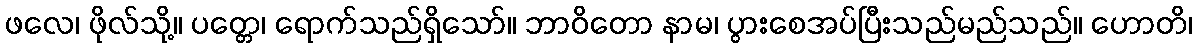
ဖလေ၊ ဖိုလ်သို့။ ပတ္တေ၊ ရောက်သည်ရှိသော်။ ဘာဝိတော နာမ၊ ပွားစေအပ်ပြီးသည်မည်သည်။ ဟောတိ၊